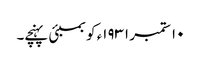
١٠ ستمبر ١٩٣١ء کو بمبئی پہنچے۔